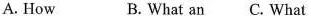
A. How B. What an C. What